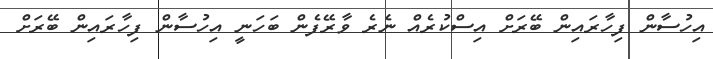
އިހުސާން ފިހާރައިން ބޭރަށް އިސްކުރެއް ނެރެ ވާރޭފެން ބަހަނީ އިހުސާން ފިހާރައިން ބޭރަށް